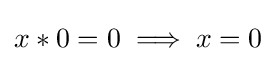
x\ast 0=0\implies x=0